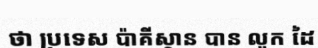
ថា ប្រទេស ប៉ាគីស្ថាន បាន លូក ដៃ